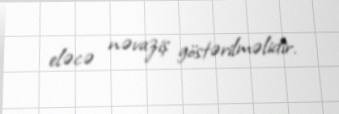
eləcə nəvaziş göstərilməlidir.